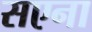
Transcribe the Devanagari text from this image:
सएना